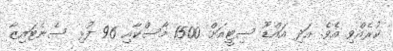
ކުރެއްވި އެވެ. އަދި އައްޑޫ ސިޓީއަށް 1500 މާސްކާއި 96 ފުޅި ސެނެޓައިޒާ